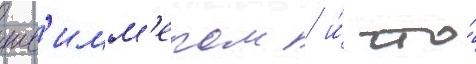
шв'имм'ером / и́ что́